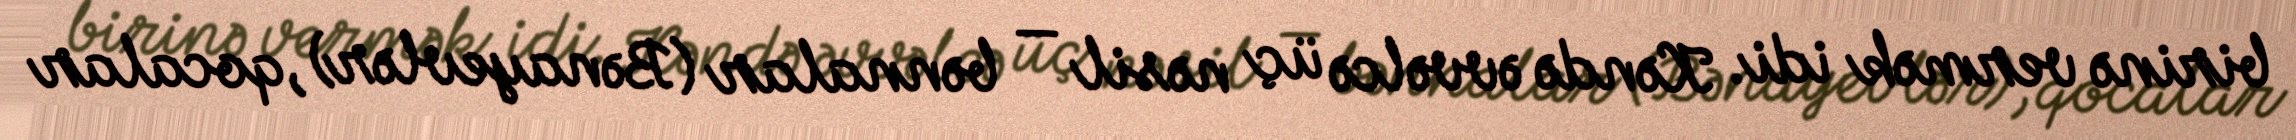
birinə vermək idi. Kəndə əvvəlcə üç nəsil — bənnalar (Bənayevlər), qocalar